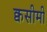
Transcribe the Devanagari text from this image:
क्वसीमी